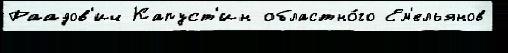
Раадов'ич Капуст'ин областно́го Ем'ельянов